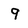
Character: 9